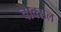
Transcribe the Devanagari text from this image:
वाक्‍सल